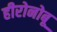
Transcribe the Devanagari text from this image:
हीरोनोबू